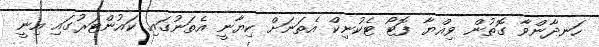
ހަނދާންވާ ގޮތުން ވިއްޔާ ފޮޓޯ ޓެކުނިކް އެތަނަށް ކިޔާނީ އެތަނުގައި ކައުންޓަރުގައި އިނީ